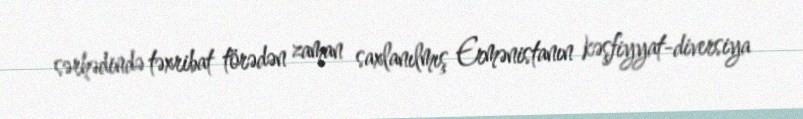
sərhədində təxribat törədən zaman saxlanılmış Ermənistanın kəşfiyyat-diversiya